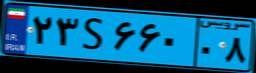
۵۳S۵۶۳۶۲